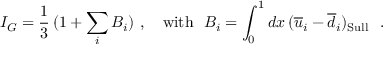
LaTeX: I _ { G } = \frac { 1 } { 3 } \, ( 1 + \sum _ { i } B _ { i } ) \ , \ \ \ \mathrm { w i t h } \ \ B _ { i } = \int _ { 0 } ^ { 1 } d x \, ( \overline { { u } } _ { i } - \overline { { d } } _ { i } ) _ { \mathrm { S u l l } } \ \ .